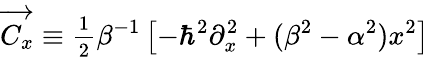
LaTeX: \overrightarrow{C_{x}}\equiv\frac{{}_{1}}{{}^{2}}\beta^{-1}\left[-\hbar^{2}\partial_{x}^{2}+(\beta^{2}-\alpha^{2})x^{2}\right]